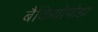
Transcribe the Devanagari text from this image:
बैकियोपोडा